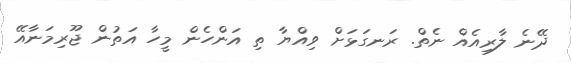
ދޭނެ ލާރިއެއް ނެތް. ރަނގަޅަށް ވިއްޔާ ތި އަންހެން މީހާ އަތުން ޖޫރިމަނާއޭ